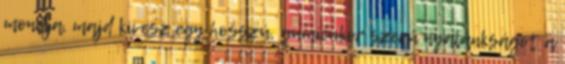
mondja, majd kivesz egy hosszú, gumicukor szerű nyalánkságot a